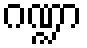
ဂဏ္ဍာ